Source: Handwritten
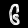
Digit: ၆ (6)